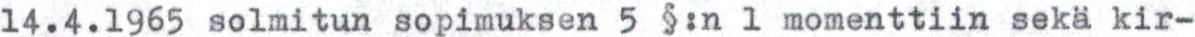
14.4.1965 solmitun sopimuksen 5 $:n 1 momenttiin sekä kir-